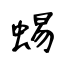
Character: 蜴